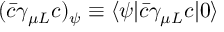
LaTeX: ( \bar { c } \gamma _ { \mu L } c ) _ { \psi } \equiv \langle \psi | \bar { c } \gamma _ { \mu L } c | 0 \rangle